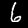
Digit: 6